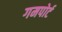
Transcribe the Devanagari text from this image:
गमपोर्ट